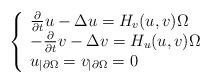
LaTeX: \begin{align*}\left\{ \begin{array}{ll}\frac{\partial}{\partial t}u-\Delta u =H_{v}(u,v) \Omega\\-\frac{\partial}{\partial t}v-\Delta v=H_{u}(u,v) \Omega\\u_{|\partial \Omega}=v_{|\partial \Omega} =0\end{array}\right.\end{align*}